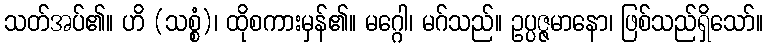
သတ်အပ်၏။ ဟိ (သစ္စံ)၊ ထိုစကားမှန်၏။ မဂ္ဂေါ၊ မဂ်သည်။ ဥပ္ပဇ္ဇမာနော၊ ဖြစ်သည်ရှိသော်။